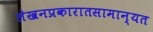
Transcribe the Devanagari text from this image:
लेखनप्रकारातसामान्यत